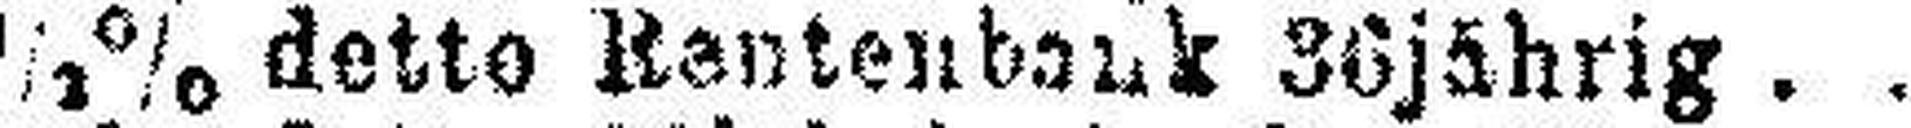
5½% detto Rentenbank 36 jährig